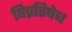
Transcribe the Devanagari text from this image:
विप्रतिषेध